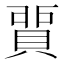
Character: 𧶻